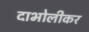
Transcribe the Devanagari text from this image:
दाभोलीकर